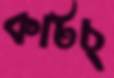
কাটচ্